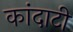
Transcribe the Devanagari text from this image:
कांदाटी